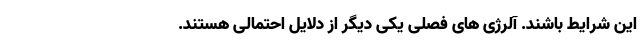
این شرایط باشند. آلرژی های فصلی یکی دیگر از دلایل احتمالی هستند.